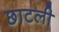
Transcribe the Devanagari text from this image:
छाटली